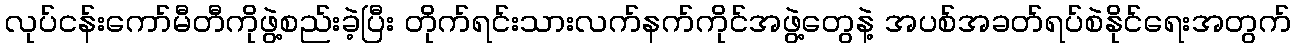
လုပ်ငန်းကော်မီတီကိုဖွဲ့စည်းခဲ့ပြီး တိုက်ရင်းသားလက်နက်ကိုင်အဖွဲ့တွေနဲ့ အပစ်အခတ်ရပ်စဲနိုင်ရေးအတွက်